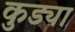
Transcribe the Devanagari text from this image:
कुड्या